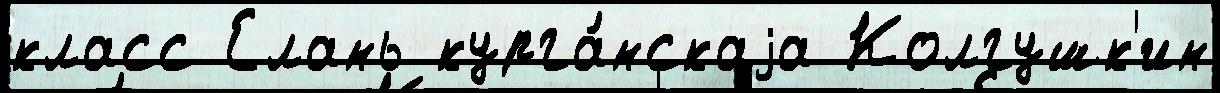
класс Елань курга́нскаjа Колгушк'ин